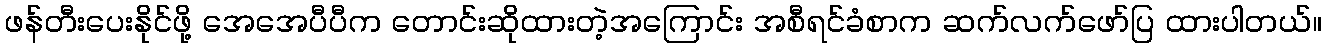
ဖန်တီးပေးနိုင်ဖို့ အေအေပီပီက တောင်းဆိုထားတဲ့အကြောင်း အစီရင်ခံစာက ဆက်လက်ဖော်ပြ ထားပါတယ်။